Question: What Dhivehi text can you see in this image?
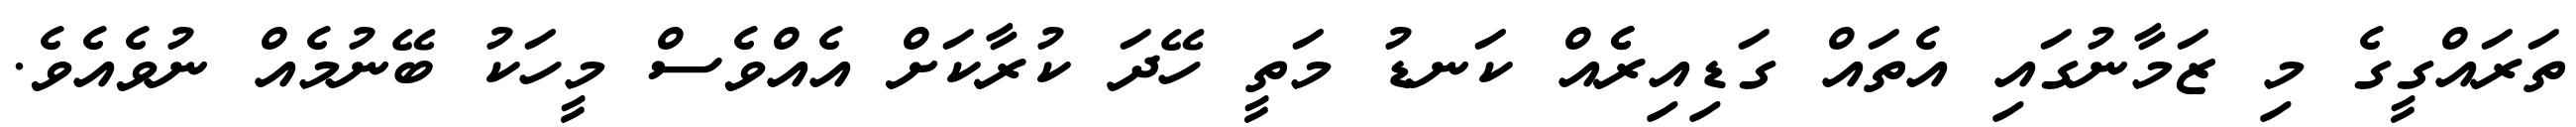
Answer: ތަރައްގީގެ މި ޒަމާނުގައި އެތައް ގަޑިއިރެެއް ކަނޑު މަތީ ހޭދަ ކުރާކަށް އެއްވެސް މީހަކު ބޭނުމެއް ނުވެއެވެ.